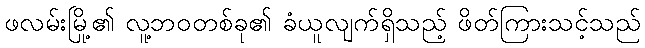
ဖလမ်းမြို့၏ လူ့ဘဝတစ်ခု၏ ခံယူလျက်ရှိသည့် ဖိတ်ကြားသင့်သည်